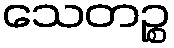
သေတဉ္စ